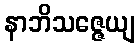
နာဘိသဇ္ဇေယျ